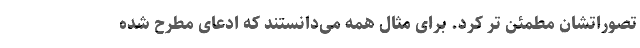
تصوراتشان مطمئن ‌تر کرد. برای مثال همه می‌دانستند که ادعای مطرح شده